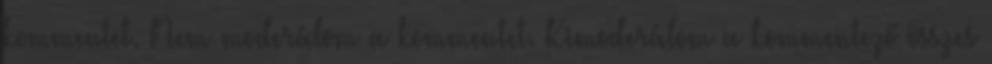
kommentet. Nem moderálom a kommentet. Kimoderálom a kommentező összes